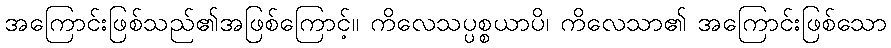
အကြောင်းဖြစ်သည်၏အဖြစ်ကြောင့်။ ကိလေသပ္ပစ္စယာပိ၊ ကိလေသာ၏ အကြောင်းဖြစ်သော